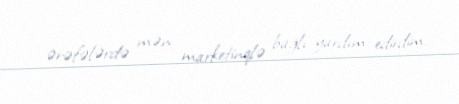
ərəfələrdə mən marketinqlə bağlı yardım edirdim.